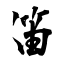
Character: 笛